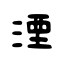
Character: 湮